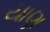
યાણ